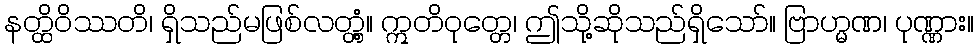
နတ္ထိဝိဿတိ၊ ရှိသည်မဖြစ်လတ္တံ့။ ဣတိဝုတ္တေ၊ ဤသို့ဆိုသည်ရှိသော်။ ဗြာဟ္မဏ၊ ပုဏ္ဏား။